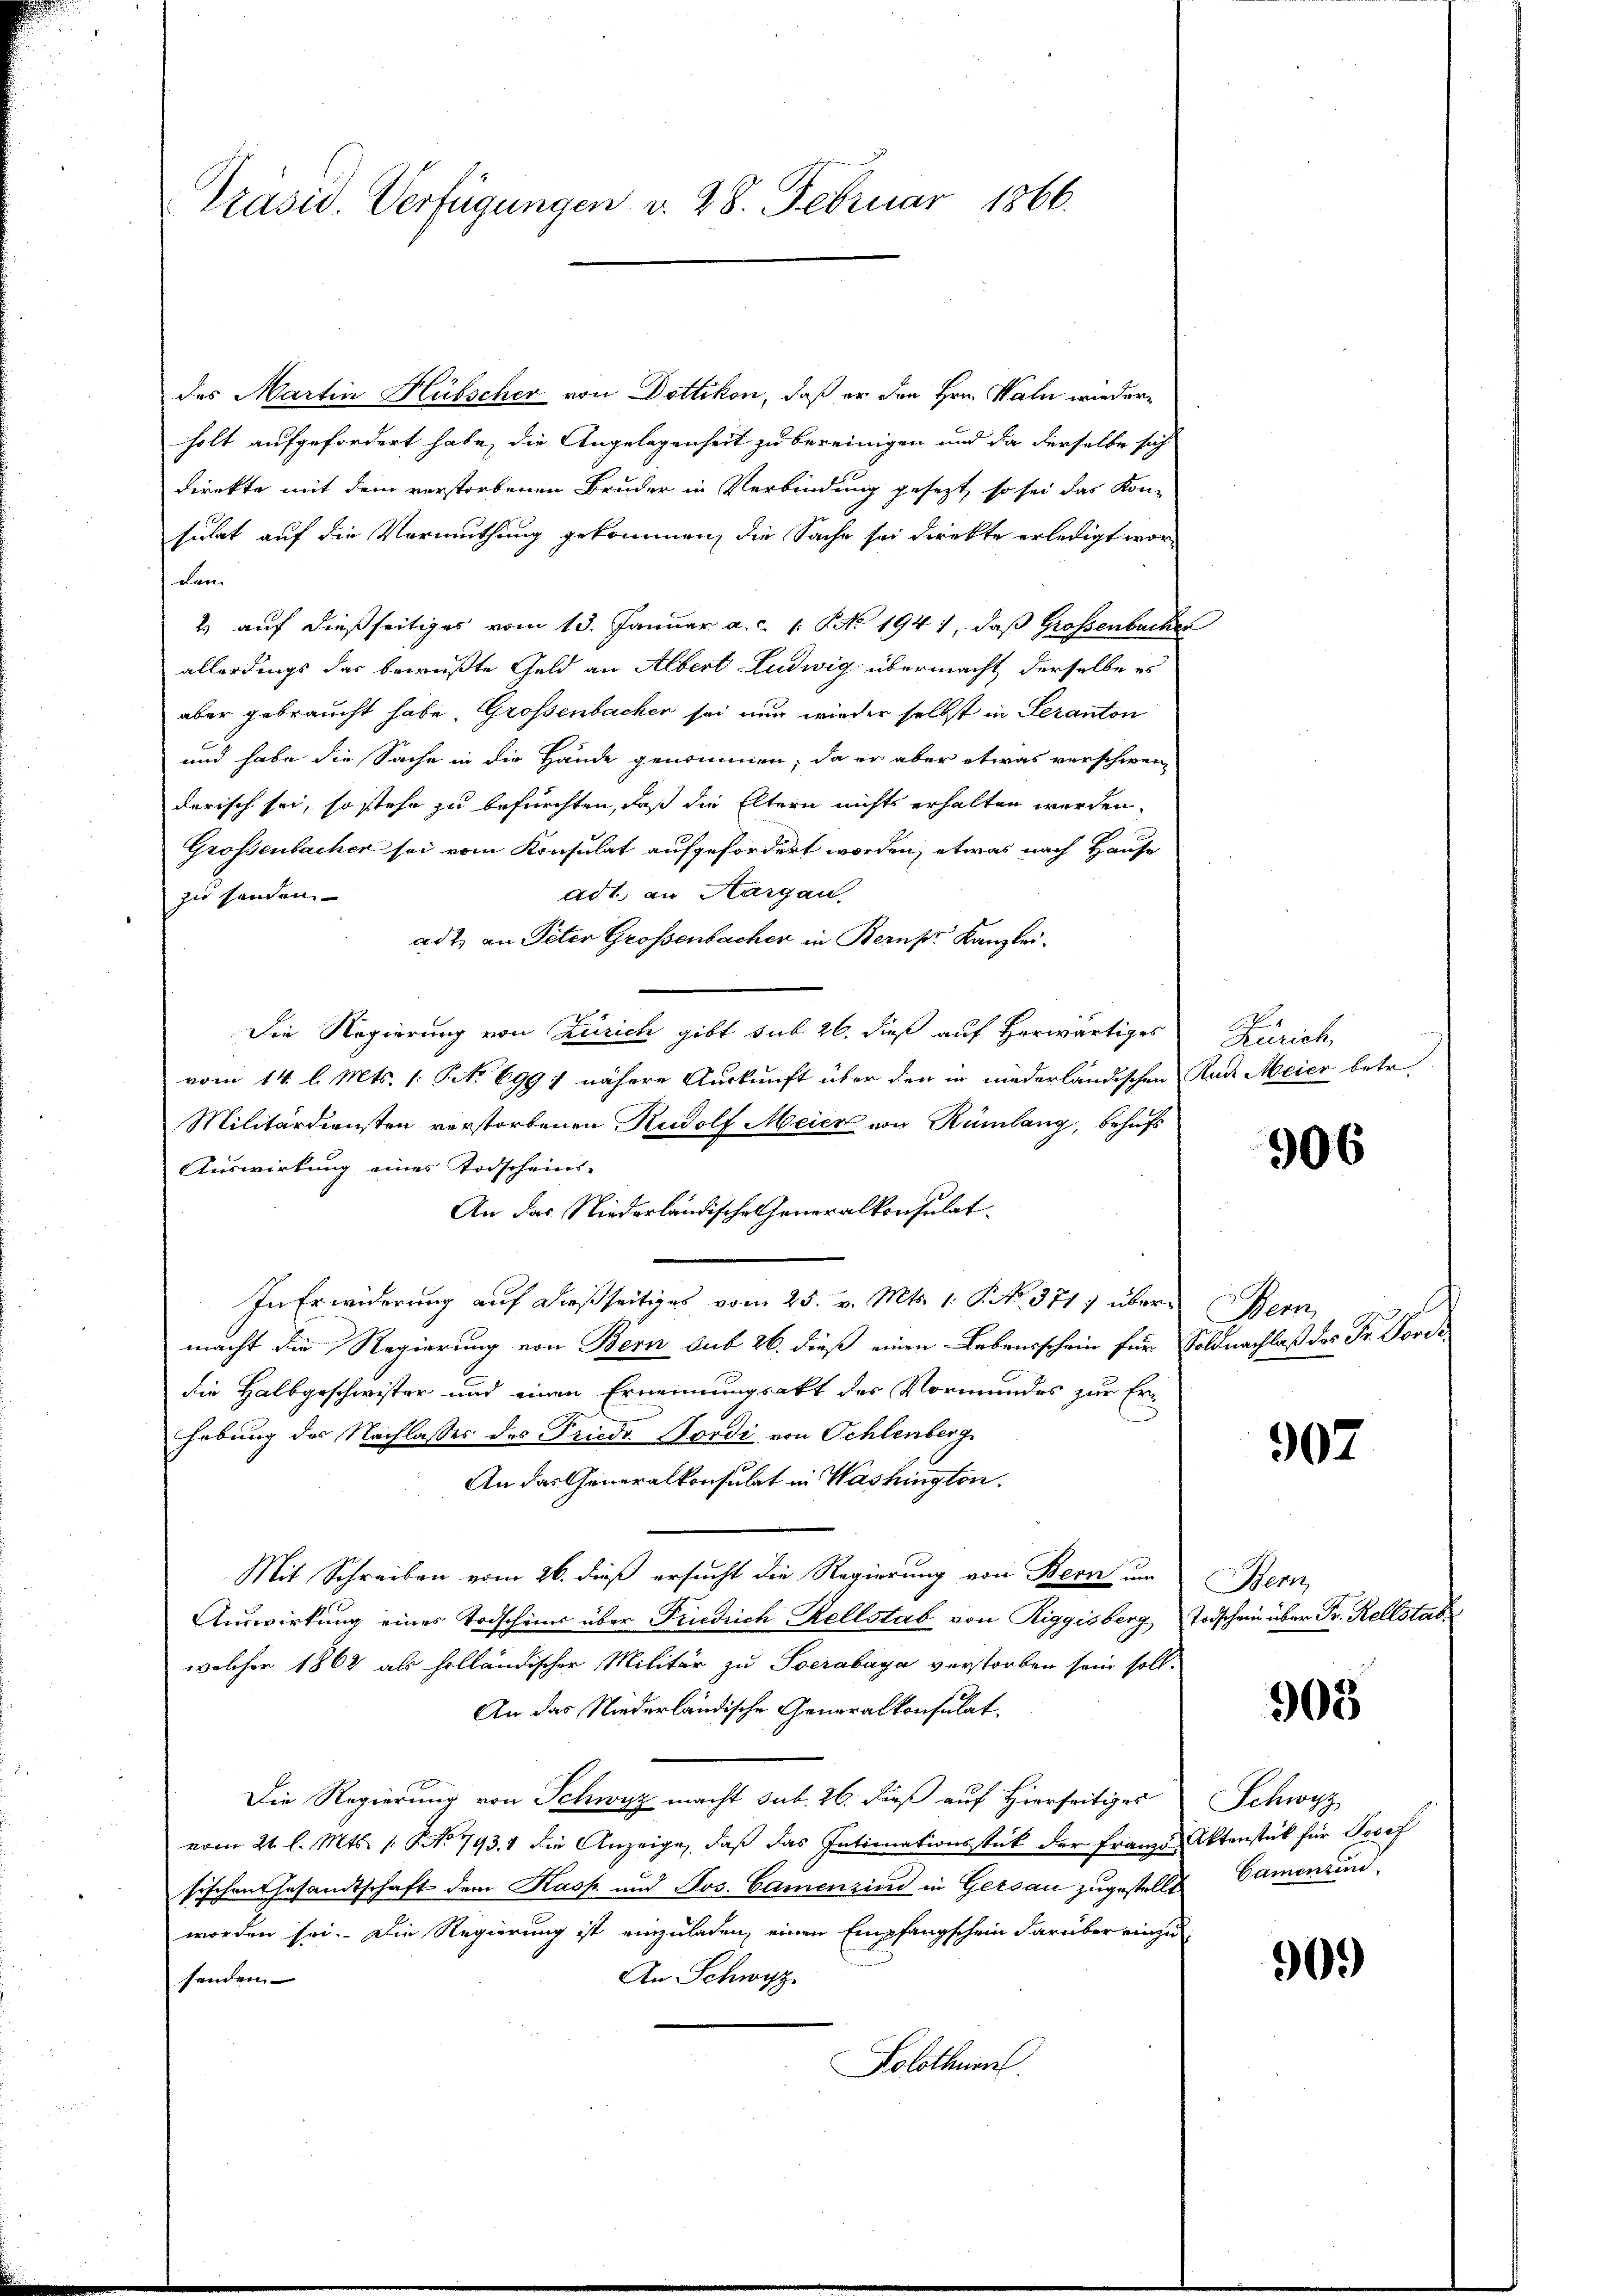
Präsid. Verfügungen d. 28. Februar 1866.

des Martin Hübscher von Dottikon, daß er den Hrn. Wald wiederholt aufgefordert habe, die Angelegenheit zu bereinigen und da derselbe sich
direkte mit dem verstorbenen Bruder in Verbindung gesezt, so sei das Kon-
sulat auf die Vermuthung gekommen, die Sache sei direkte erledigt wordem
2. auf dießseitiges vom 13. Januar a. c. 1. No. 1947, daß Großenbacher
allerdings das bewußte Geld an Albert Ludwig übermacht derselbe es
aber gebraucht habe, Großenbacher sei nun wieder selbst in Geranton
und habe die Sache in die Hände genommen, da er aber etwas verschweiz
derisch sei, so stehe zu befürchten, daß die Eltern nichts erhalten werden.
Grossenbacher sei vom Konsulat aufgefordert worden, etwas nach Hause
adt, an Aargau,
zi handen
ad 2. an Peter Großenbacher in Berns Kanzlei.
Die Regierung von Zürich gibt sub 26. dieß auf herwärtiges Zürich,
vom 14. l. Mts. 1. No 699) nähere Auskunft über den in niederländischen Rad Meier betr.
Militärdiensten verstorbenen Rudolf Meier von Rümlang, behufs
Auswirkung eines Todscheins-
An das Niederländische Generalkonsulat
In Erwiderung auf dießseitiges vom 25. v. Mts. 1. P. No. 3717 über Bern,
macht die Regierung von Bern sub 26. dieß einen Lebensschein für Soldnachlaß des Fr. Fordedie Halbgeschwister und einen Ernennungsakt des Vormundes zur Er-
hebung des Nachlasses des Friedr. Nordi von Schlenberg.
An das Generalkonsulat in Washington.
Mit Schreiben vom 26. dieß ersucht die Regierung von Bern um Bern,
Auswirkung eines Todscheins über Friedrich Rellstab von Riggisberg Todschein über Fr. Rellstabwelcher 1862 als holländischer Militär zu verabaya verstorben sein soll.
An das Niederländische Generalkonsulat.
Die Regierung von Schwyz macht sub. 26. dieß auf Hierseitiger Schwyz
vom 21. l. Mts. s. S. No. 793. 1 die Anzeige, daß das Intimationsstück der Franze Aktenstück für Josef
sischen Gesamtschaft dem Kasp und Jos. Camenzind in Gersau zugestellt
worden sei. Die Regierung ist einzuladen, einen Empfangschein darüber einzu¬
An Schwyz.
senden.
Solothurn

906

907

903

Gamenzind,

909)